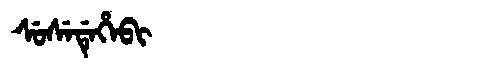
Manchu: ᠰᡠᠰᡝᡩᡝᡥᡝᠪᡳ
Romanization: SUSEDEHEBI